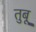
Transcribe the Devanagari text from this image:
तुबू